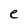
Character: e